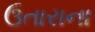
ઉતારાના